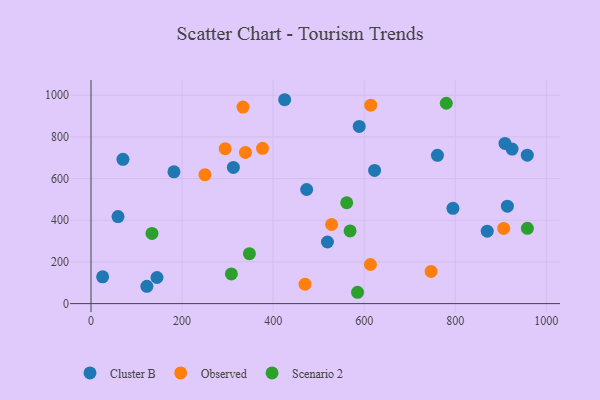
{"axis": {"x": "Study Hours", "y": "Fuel Efficiency"}, "legend": ["Cluster B", "Observed", "Scenario 2"], "data": [{"x": "122.7", "y": 83.1, "type": "Cluster B"}, {"x": "70.1", "y": 692.6, "type": "Cluster B"}, {"x": "870.2", "y": 347.7, "type": "Cluster B"}, {"x": "958.2", "y": 712.4, "type": "Cluster B"}, {"x": "473.6", "y": 547.7, "type": "Cluster B"}, {"x": "924.8", "y": 741.8, "type": "Cluster B"}, {"x": "425.3", "y": 978.5, "type": "Cluster B"}, {"x": "760.9", "y": 711.5, "type": "Cluster B"}, {"x": "59.3", "y": 417.9, "type": "Cluster B"}, {"x": "182.1", "y": 632.7, "type": "Cluster B"}, {"x": "25.5", "y": 128.4, "type": "Cluster B"}, {"x": "519.3", "y": 295.8, "type": "Cluster B"}, {"x": "914.5", "y": 467.8, "type": "Cluster B"}, {"x": "589.1", "y": 850.3, "type": "Cluster B"}, {"x": "312.7", "y": 653.7, "type": "Cluster B"}, {"x": "144.9", "y": 125.3, "type": "Cluster B"}, {"x": "794.9", "y": 457.5, "type": "Cluster B"}, {"x": "909.2", "y": 768.9, "type": "Cluster B"}, {"x": "622.8", "y": 639.2, "type": "Cluster B"}, {"x": "376.7", "y": 745.4, "type": "Observed"}, {"x": "294.7", "y": 743.7, "type": "Observed"}, {"x": "614.4", "y": 952.3, "type": "Observed"}, {"x": "333.8", "y": 943.0, "type": "Observed"}, {"x": "250.3", "y": 618.7, "type": "Observed"}, {"x": "746.9", "y": 154.6, "type": "Observed"}, {"x": "613.7", "y": 187.6, "type": "Observed"}, {"x": "528.4", "y": 379.6, "type": "Observed"}, {"x": "339.2", "y": 725.8, "type": "Observed"}, {"x": "906.4", "y": 360.9, "type": "Observed"}, {"x": "470.1", "y": 93.2, "type": "Observed"}, {"x": "958.4", "y": 361.1, "type": "Scenario 2"}, {"x": "780.3", "y": 961.5, "type": "Scenario 2"}, {"x": "569.0", "y": 348.8, "type": "Scenario 2"}, {"x": "561.6", "y": 484.1, "type": "Scenario 2"}, {"x": "585.4", "y": 54.4, "type": "Scenario 2"}, {"x": "347.9", "y": 239.5, "type": "Scenario 2"}, {"x": "308.3", "y": 142.7, "type": "Scenario 2"}, {"x": "133.9", "y": 336.6, "type": "Scenario 2"}]}